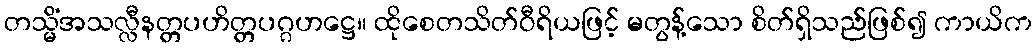
တသ္မိံအသလ္လီနတ္တပဟိတ္တပဂ္ဂဟဋ္ဌေ။ ထိုစေတသိတ်ဝီရိယဖြင့် မတွန့်သော စိတ်ရှိသည်ဖြစ်၍ ကာယိက